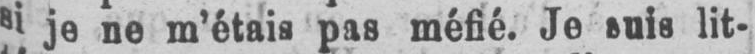
si je ne m’étais pas méfié. Je suis lit-